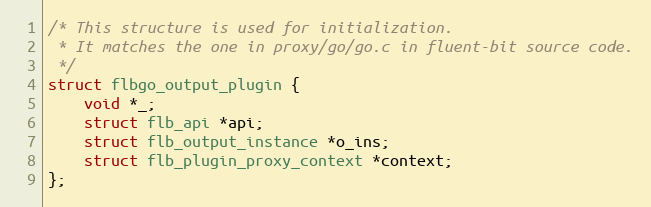
Language: C
/* This structure is used for initialization.
 * It matches the one in proxy/go/go.c in fluent-bit source code.
 */
struct flbgo_output_plugin {
    void *_;
    struct flb_api *api;
    struct flb_output_instance *o_ins;
    struct flb_plugin_proxy_context *context;
};